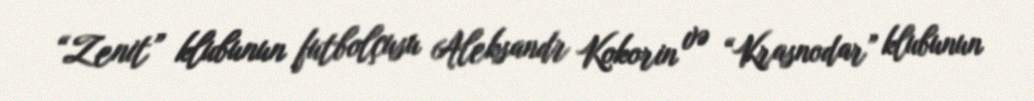
“Zenit” klubunun futbolçusu Aleksandr Kokorin və “Krasnodar” klubunun